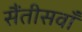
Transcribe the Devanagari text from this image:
सैंतीसवाँ